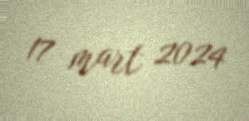
17 mart 2024